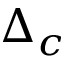
\Delta _ { c }